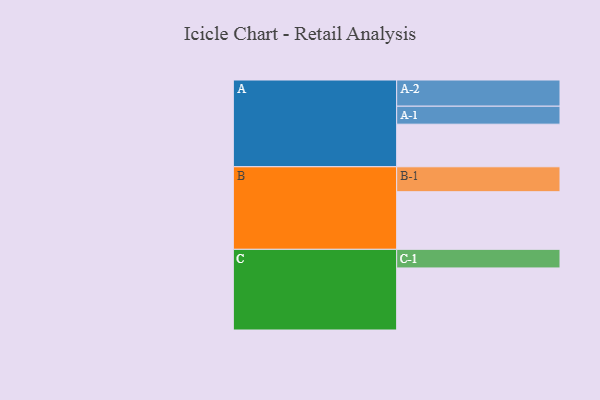
{"axis": {"x": "Segment", "y": "Value"}, "legend": ["", "A", "B", "C"], "data": [{"x": "A", "y": 405, "type": ""}, {"x": "B", "y": 548, "type": ""}, {"x": "C", "y": 590, "type": ""}, {"x": "A-1", "y": 171, "type": "A"}, {"x": "A-2", "y": 249, "type": "A"}, {"x": "B-1", "y": 237, "type": "B"}, {"x": "C-1", "y": 177, "type": "C"}]}